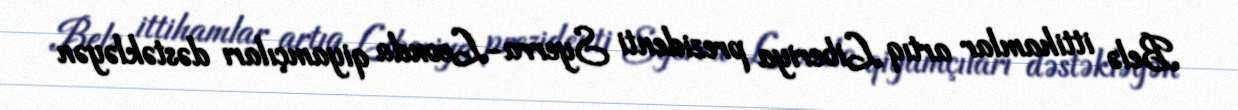
Belə ittihamlar artıq Liberiya prezidenti Syerra-Leonda qiyamçıları dəstəkləyən